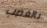
بالغضب